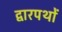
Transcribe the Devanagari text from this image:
द्वारपथों